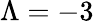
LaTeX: \Lambda=-3